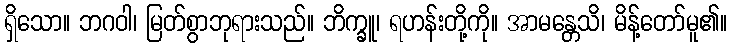
ရှိသော။ ဘဂဝါ၊ မြတ်စွာဘုရားသည်။ ဘိက္ခူ၊ ရဟန်းတို့ကို။ အာမန္တေသိ၊ မိန့်တော်မူ၏။